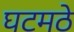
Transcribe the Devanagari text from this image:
घटमठे